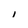
Character: 1